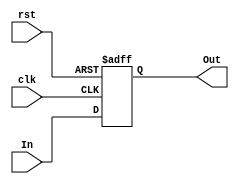
module FF_TD(input clk, rst, input [7:0] In, output reg [7:0] Out);

always @(posedge clk or negedge rst) begin
		if (!rst) begin
			Out <= 8'b00000000;
			end
		else begin
			Out <= In;
			end
		end
endmodule